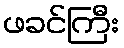
ဖခင်ကြီး